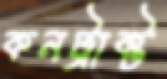
কনট্রাক্ট